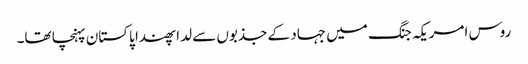
روس امریکہ جنگ میں جہاد کے جذبوں سے لدا پھندا پاکستان پہنچا تھا۔